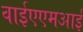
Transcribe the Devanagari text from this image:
वाईएएमआई